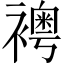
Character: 𧞄